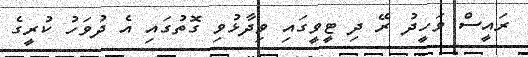
ރައީސް ވަހީދު ރޭ ދި ޓީވީގައި ވިދާޅުވި ގޮތުގައި އެ ދުވަހު ކުރީގެ